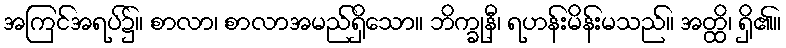
အကြင်အရပ်၌။ စာလာ၊ စာလာအမည်ရှိသော။ ဘိက္ခုနီ၊ ရဟန်းမိန်းမသည်။ အတ္ထိ၊ ရှိ၏။